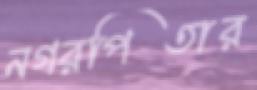
নগরপিতার